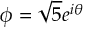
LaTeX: \phi = { \sqrt { 5 } } e ^ { i \theta }